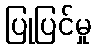
ပြုပြင်မှု